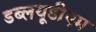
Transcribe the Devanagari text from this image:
डब्लयूडीएम